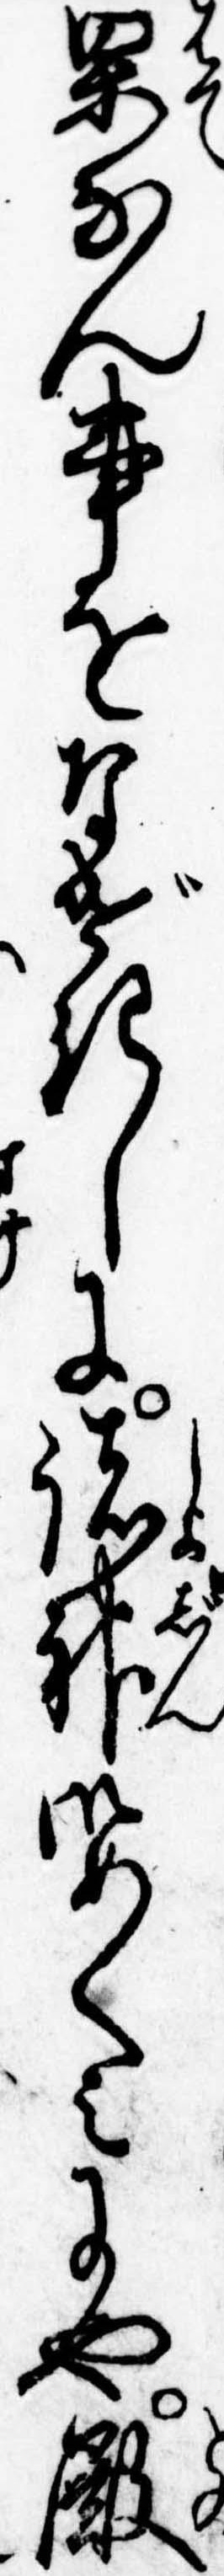
果なん事をなげきしに諸神御めくみにや殿